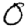
Digit: 0